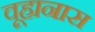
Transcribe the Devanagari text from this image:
वूहानास